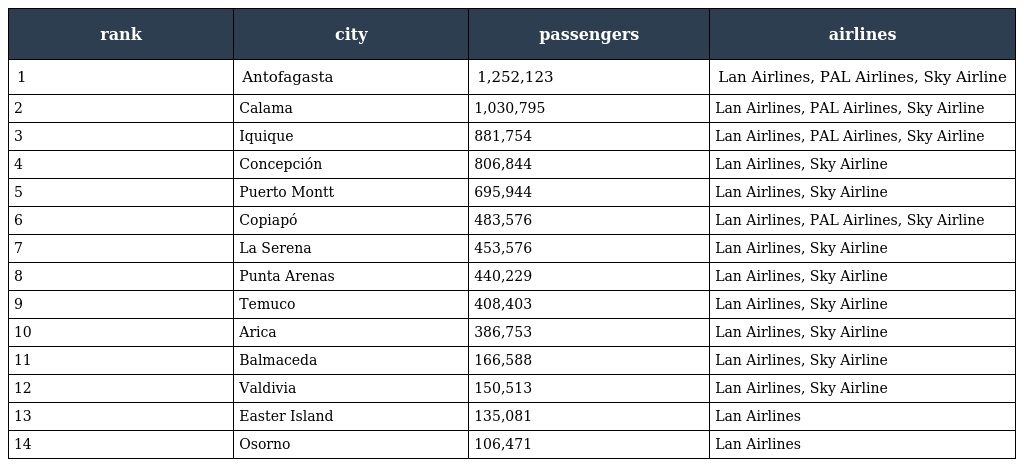
| rank | city | passengers | airlines |
 | --- | --- | --- | --- |
 | 1 | Antofagasta | 1,252,123 | Lan Airlines, PAL Airlines, Sky Airline |
 | 2 | Calama | 1,030,795 | Lan Airlines, PAL Airlines, Sky Airline |
 | 3 | Iquique | 881,754 | Lan Airlines, PAL Airlines, Sky Airline |
 | 4 | Concepción | 806,844 | Lan Airlines, Sky Airline |
 | 5 | Puerto Montt | 695,944 | Lan Airlines, Sky Airline |
 | 6 | Copiapó | 483,576 | Lan Airlines, PAL Airlines, Sky Airline |
 | 7 | La Serena | 453,576 | Lan Airlines, Sky Airline |
 | 8 | Punta Arenas | 440,229 | Lan Airlines, Sky Airline |
 | 9 | Temuco | 408,403 | Lan Airlines, Sky Airline |
 | 10 | Arica | 386,753 | Lan Airlines, Sky Airline |
 | 11 | Balmaceda | 166,588 | Lan Airlines, Sky Airline |
 | 12 | Valdivia | 150,513 | Lan Airlines, Sky Airline |
 | 13 | Easter Island | 135,081 | Lan Airlines |
 | 14 | Osorno | 106,471 | Lan Airlines |